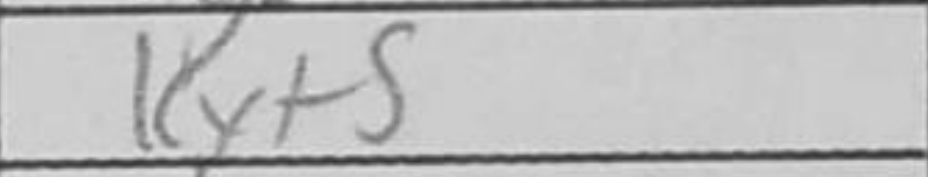
Transcription: Kxf5